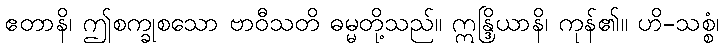
ဧတာနိ၊ ဤစက္ခုစသော ဗာဝီသတိ ဓမ္မတို့သည်။ ဣန္ဒြိယာနိ၊ ကုန်၏။ ဟိ-သစ္စံ၊